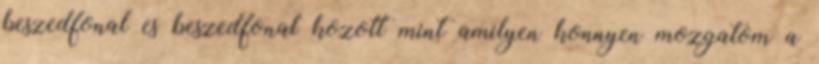
beszedfonal es beszedfonal kozott mint amilyen konnyen mozgatom a